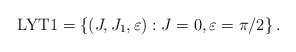
\begin{align*}{\rm LYT1}= \left\{ (J,J_1,\varepsilon) : J=0,\varepsilon=\pi/2\right\}. \end{align*}